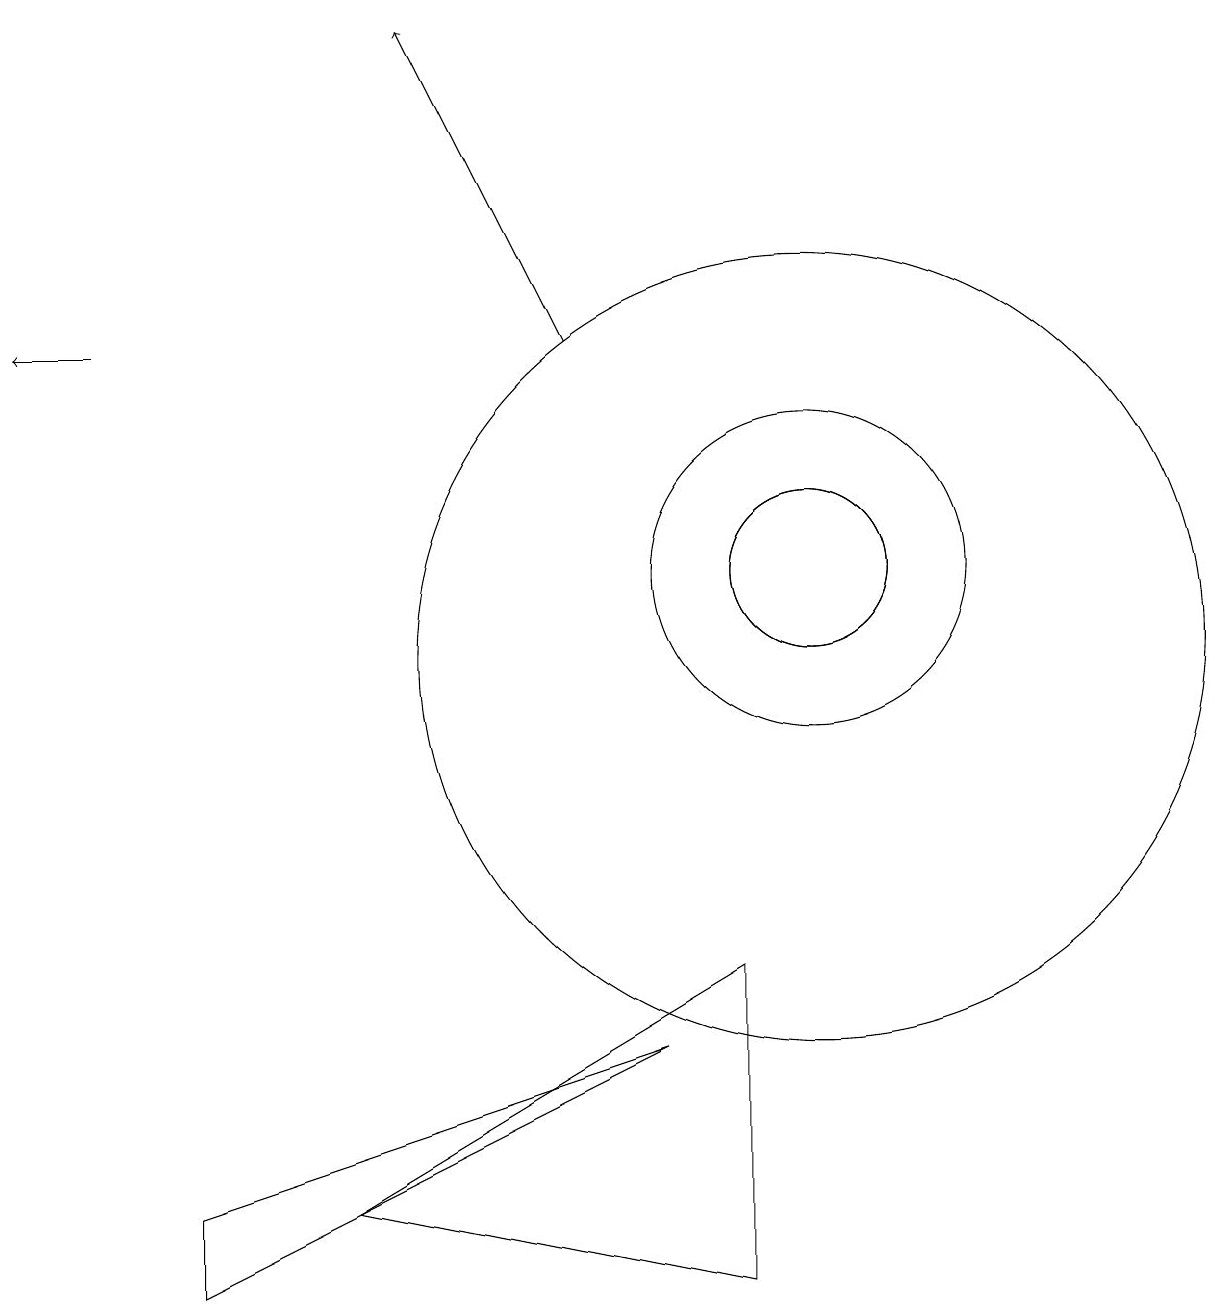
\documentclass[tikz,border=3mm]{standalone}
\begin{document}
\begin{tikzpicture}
\draw[->] (1,14) -- (0,14);
\draw (10,11) circle (2);
\draw (10,11) circle (1);
\draw (10,10) circle (5);
\draw (10,11) circle (1);
\draw (2,3) -- (8,5) -- (2,2) -- cycle;
\draw[->] (7,14) -- (5,18);
\draw (9,2) -- (9,6) -- (4,3) -- cycle;
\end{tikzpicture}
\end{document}